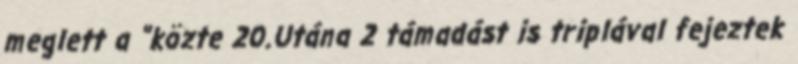
meglett a "közte 20.Utána 2 támadást is triplával fejeztek